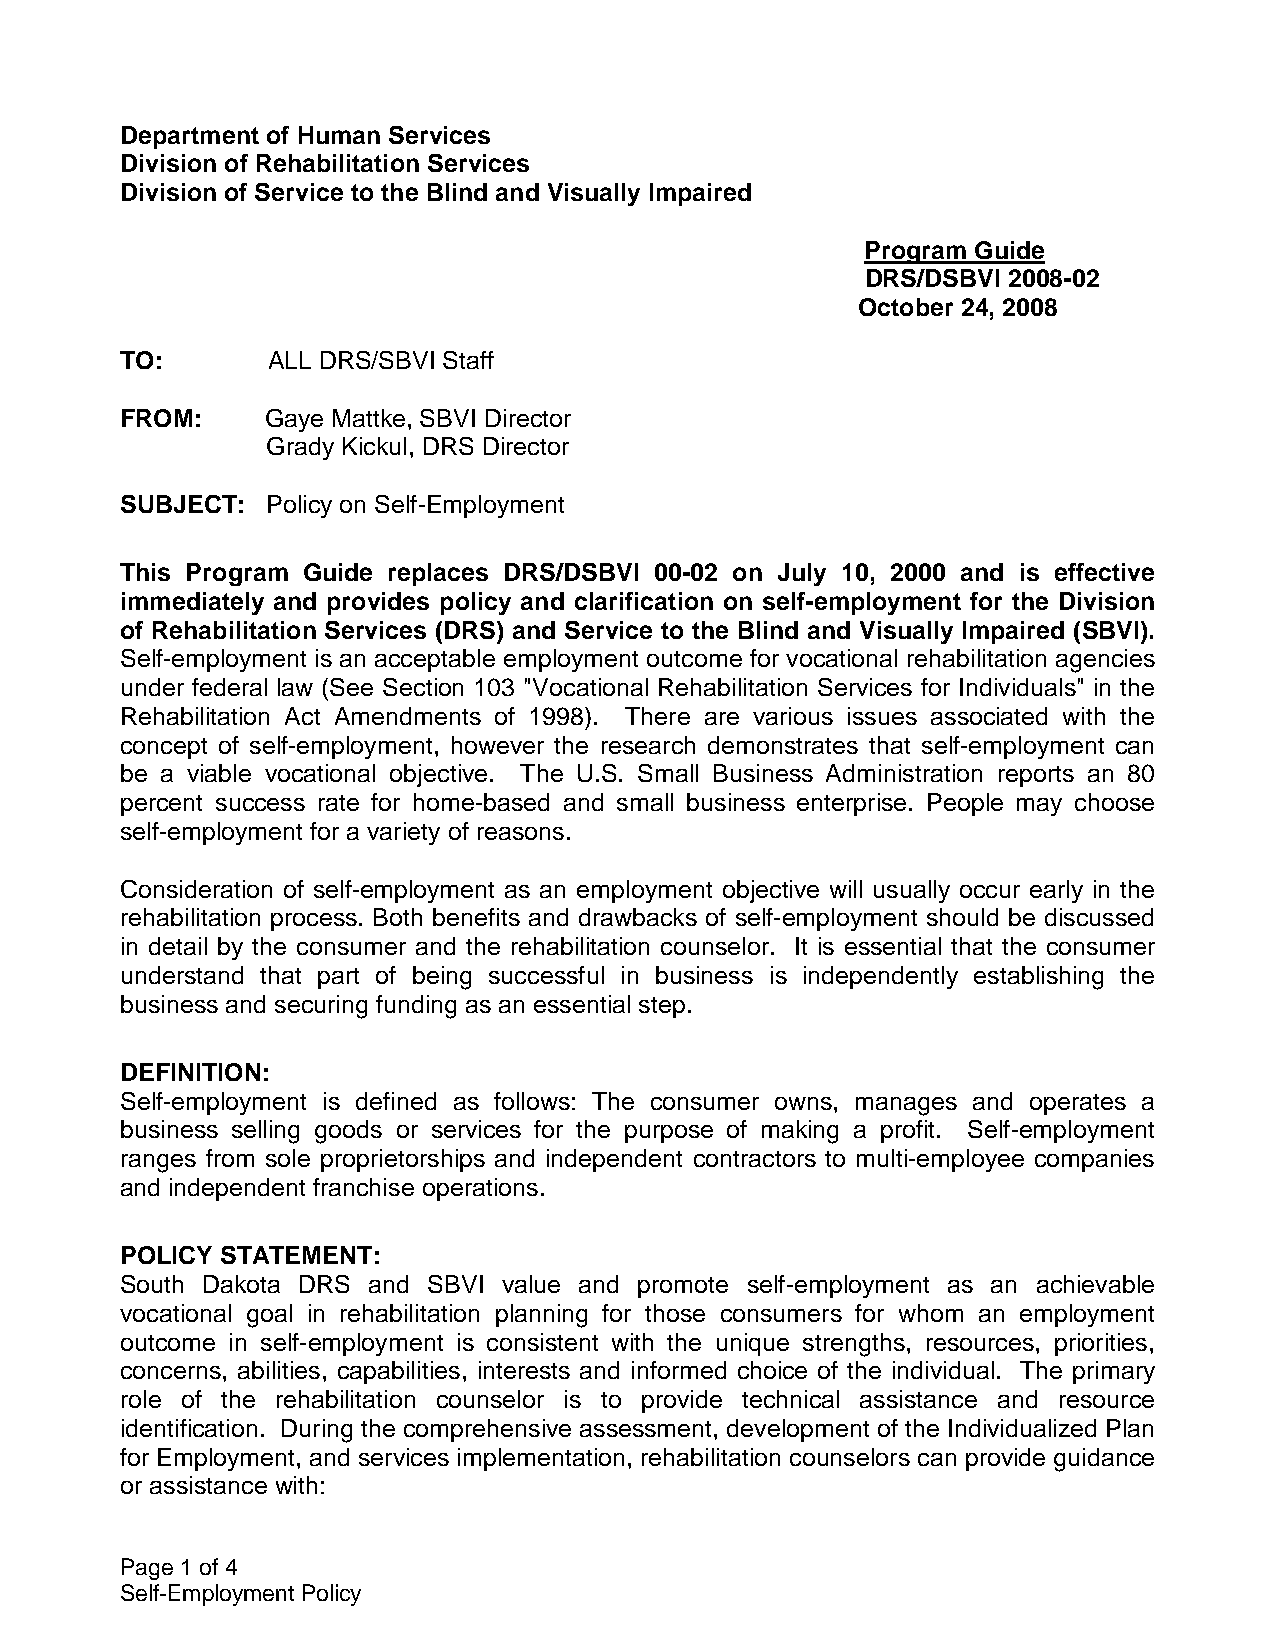
Department of Human Services
 Division of Rehabilitation Services
 Division of Service to the Blind and Visually Impaired
 Program Guide
 DRS/DSBVI 2008-02
 October 24, 2008
 TO:       ALL DRS/SBVI Staff
 FROM:     Gaye Mattke, SBVI Director
 Grady Kickul, DRS Director
 SUBJECT:  Policy on Self-Employment
 This Program Guide replaces DRS/DSBVI 00-02 on July 10, 2000 and is effective
 immediately and provides policy and clarification on self-employment for the Division
 of Rehabilitation Services (DRS) and Service to the Blind and Visually Impaired (SBVI).
 Self-employment is an acceptable employment outcome for vocational rehabilitation agencies
 under federal law (See Section 103 "Vocational Rehabilitation Services for Individuals" in the
 Rehabilitation Act Amendments of 1998). There are various issues associated with the
 concept of self-employment, however the research demonstrates that self-employment can
 be a viable vocational objective. The U.S. Small Business Administration reports an 80
 percent success rate for home-based and small business enterprise. People may choose
 self-employment for a variety of reasons.
 Consideration of self-employment as an employment objective will usually occur early in the
 rehabilitation process. Both benefits and drawbacks of self-employment should be discussed
 in detail by the consumer and the rehabilitation counselor. It is essential that the consumer
 understand that part of being successful in business is independently establishing the
 business and securing funding as an essential step.
 DEFINITION:
 Self-employment is defined as follows: The consumer owns, manages and operates a
 business selling goods or services for the purpose of making a profit. Self-employment
 ranges from sole proprietorships and independent contractors to multi-employee companies
 and independent franchise operations.
 POLICY STATEMENT:
 South Dakota DRS and SBVI value and promote self-employment as an achievable
 vocational goal in rehabilitation planning for those consumers for whom an employment
 outcome in self-employment is consistent with the unique strengths, resources, priorities,
 concerns, abilities, capabilities, interests and informed choice of the individual. The primary
 role of the rehabilitation counselor is to provide technical assistance and resource
 identification. During the comprehensive assessment, development of the Individualized Plan
 for Employment, and services implementation, rehabilitation counselors can provide guidance
 or assistance with:
 Page 1 of 4
 Self-Employment Policy